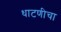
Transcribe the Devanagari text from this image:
धाटणीचा